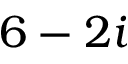
6 - 2 i